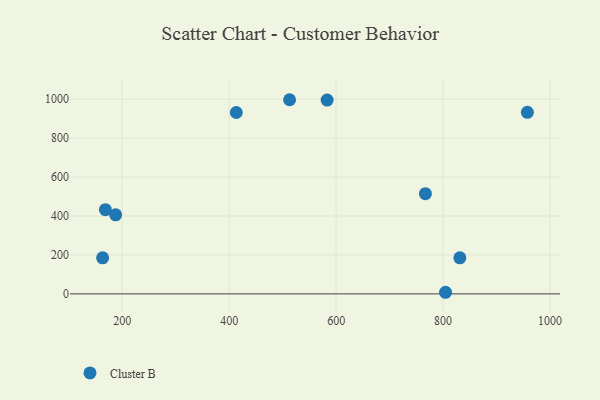
{"axis": {"x": "Engine Size", "y": "Fuel Efficiency"}, "legend": ["Cluster B"], "data": [{"x": "957.5", "y": 933.0, "type": "Cluster B"}, {"x": "187.8", "y": 406.1, "type": "Cluster B"}, {"x": "168.7", "y": 432.6, "type": "Cluster B"}, {"x": "766.9", "y": 515.0, "type": "Cluster B"}, {"x": "513.0", "y": 997.5, "type": "Cluster B"}, {"x": "804.5", "y": 8.2, "type": "Cluster B"}, {"x": "163.5", "y": 185.0, "type": "Cluster B"}, {"x": "583.2", "y": 995.7, "type": "Cluster B"}, {"x": "831.3", "y": 185.1, "type": "Cluster B"}, {"x": "413.4", "y": 931.8, "type": "Cluster B"}]}